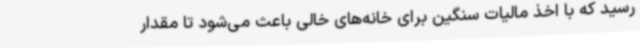
رسید که با اخذ مالیات سنگین برای خانه‌های خالی باعث می‌شود تا مقدار